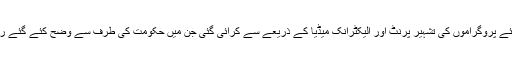
لیگل سروس اداروں کی طرف سے منعقد کئے گئے پروگراموں کی تشہیر پرنٹ اور الیکٹرانک میڈیا کے ذریعے سے کرائی گئی جن میں حکومت کی طرف سے وضح کئے گئے رہنما خطوط اور احتیاطی تدابیر کو اجاگر کیا گیا ۔